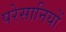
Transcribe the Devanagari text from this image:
परेसानियों